Reports on dispensaries and lunatic asylums in the Province of Oudh - 1869-1876
Year: 1869
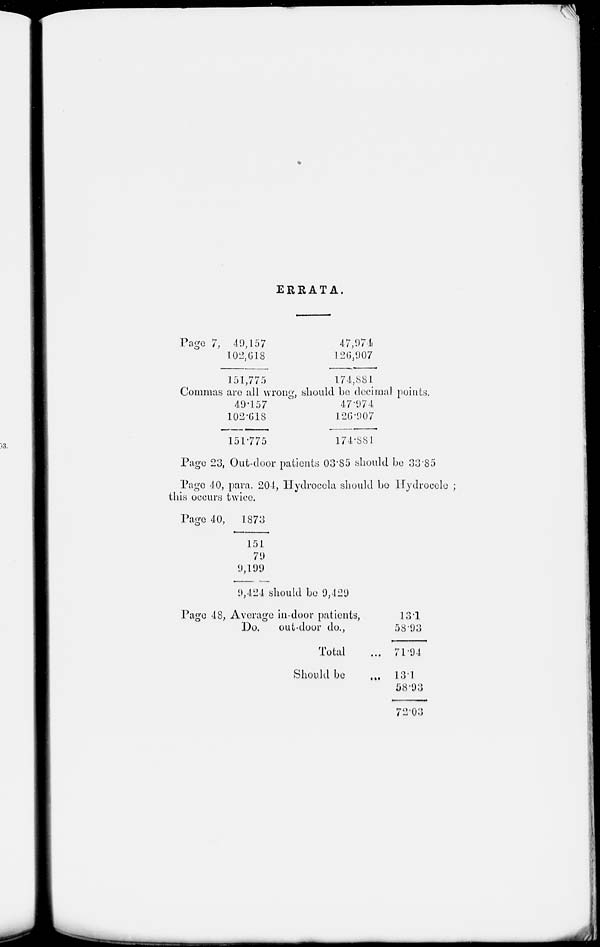
ERRATA.
Page 7, 40,157
102,618
151,775
47,974
120,907
174,881
Commas are all wrong,
49.157
102.618
151.775
should be decimal points.
47.974
126.907
174.881.
Page 23, Out-door patients 03.85 should be 33.85
Page 40, para. 204, Hydrocela should be Hydrocele ;
this occurs twice.
Page 40,
1873
151
79
9,199
9,424 should be 9,429
Page 48, Average in-door patients,
Do.
out-door do.,
Total ...
Should be
...
13.1
58.93
71.94
13.1
58.93
72.03